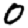
Digit: 0